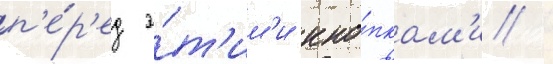
п'е́р'ед э́т'им'и кно́пкам'и /